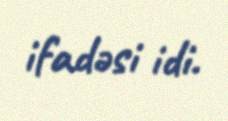
ifadəsi idi.